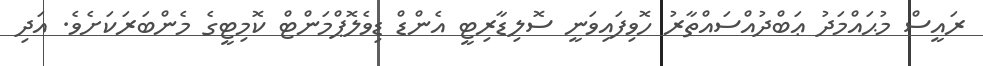
ރައީސް މުޙައްމަދު ޢަބްދުއްސައްތާރު ހޮވިފައިވަނީ ސޮލިޑާރިޓީ އެންޑް ޑިވެލޮޕްމަންޓް ކޮމިޓީގެ މެންބަރަކަށެވެ. އަދި